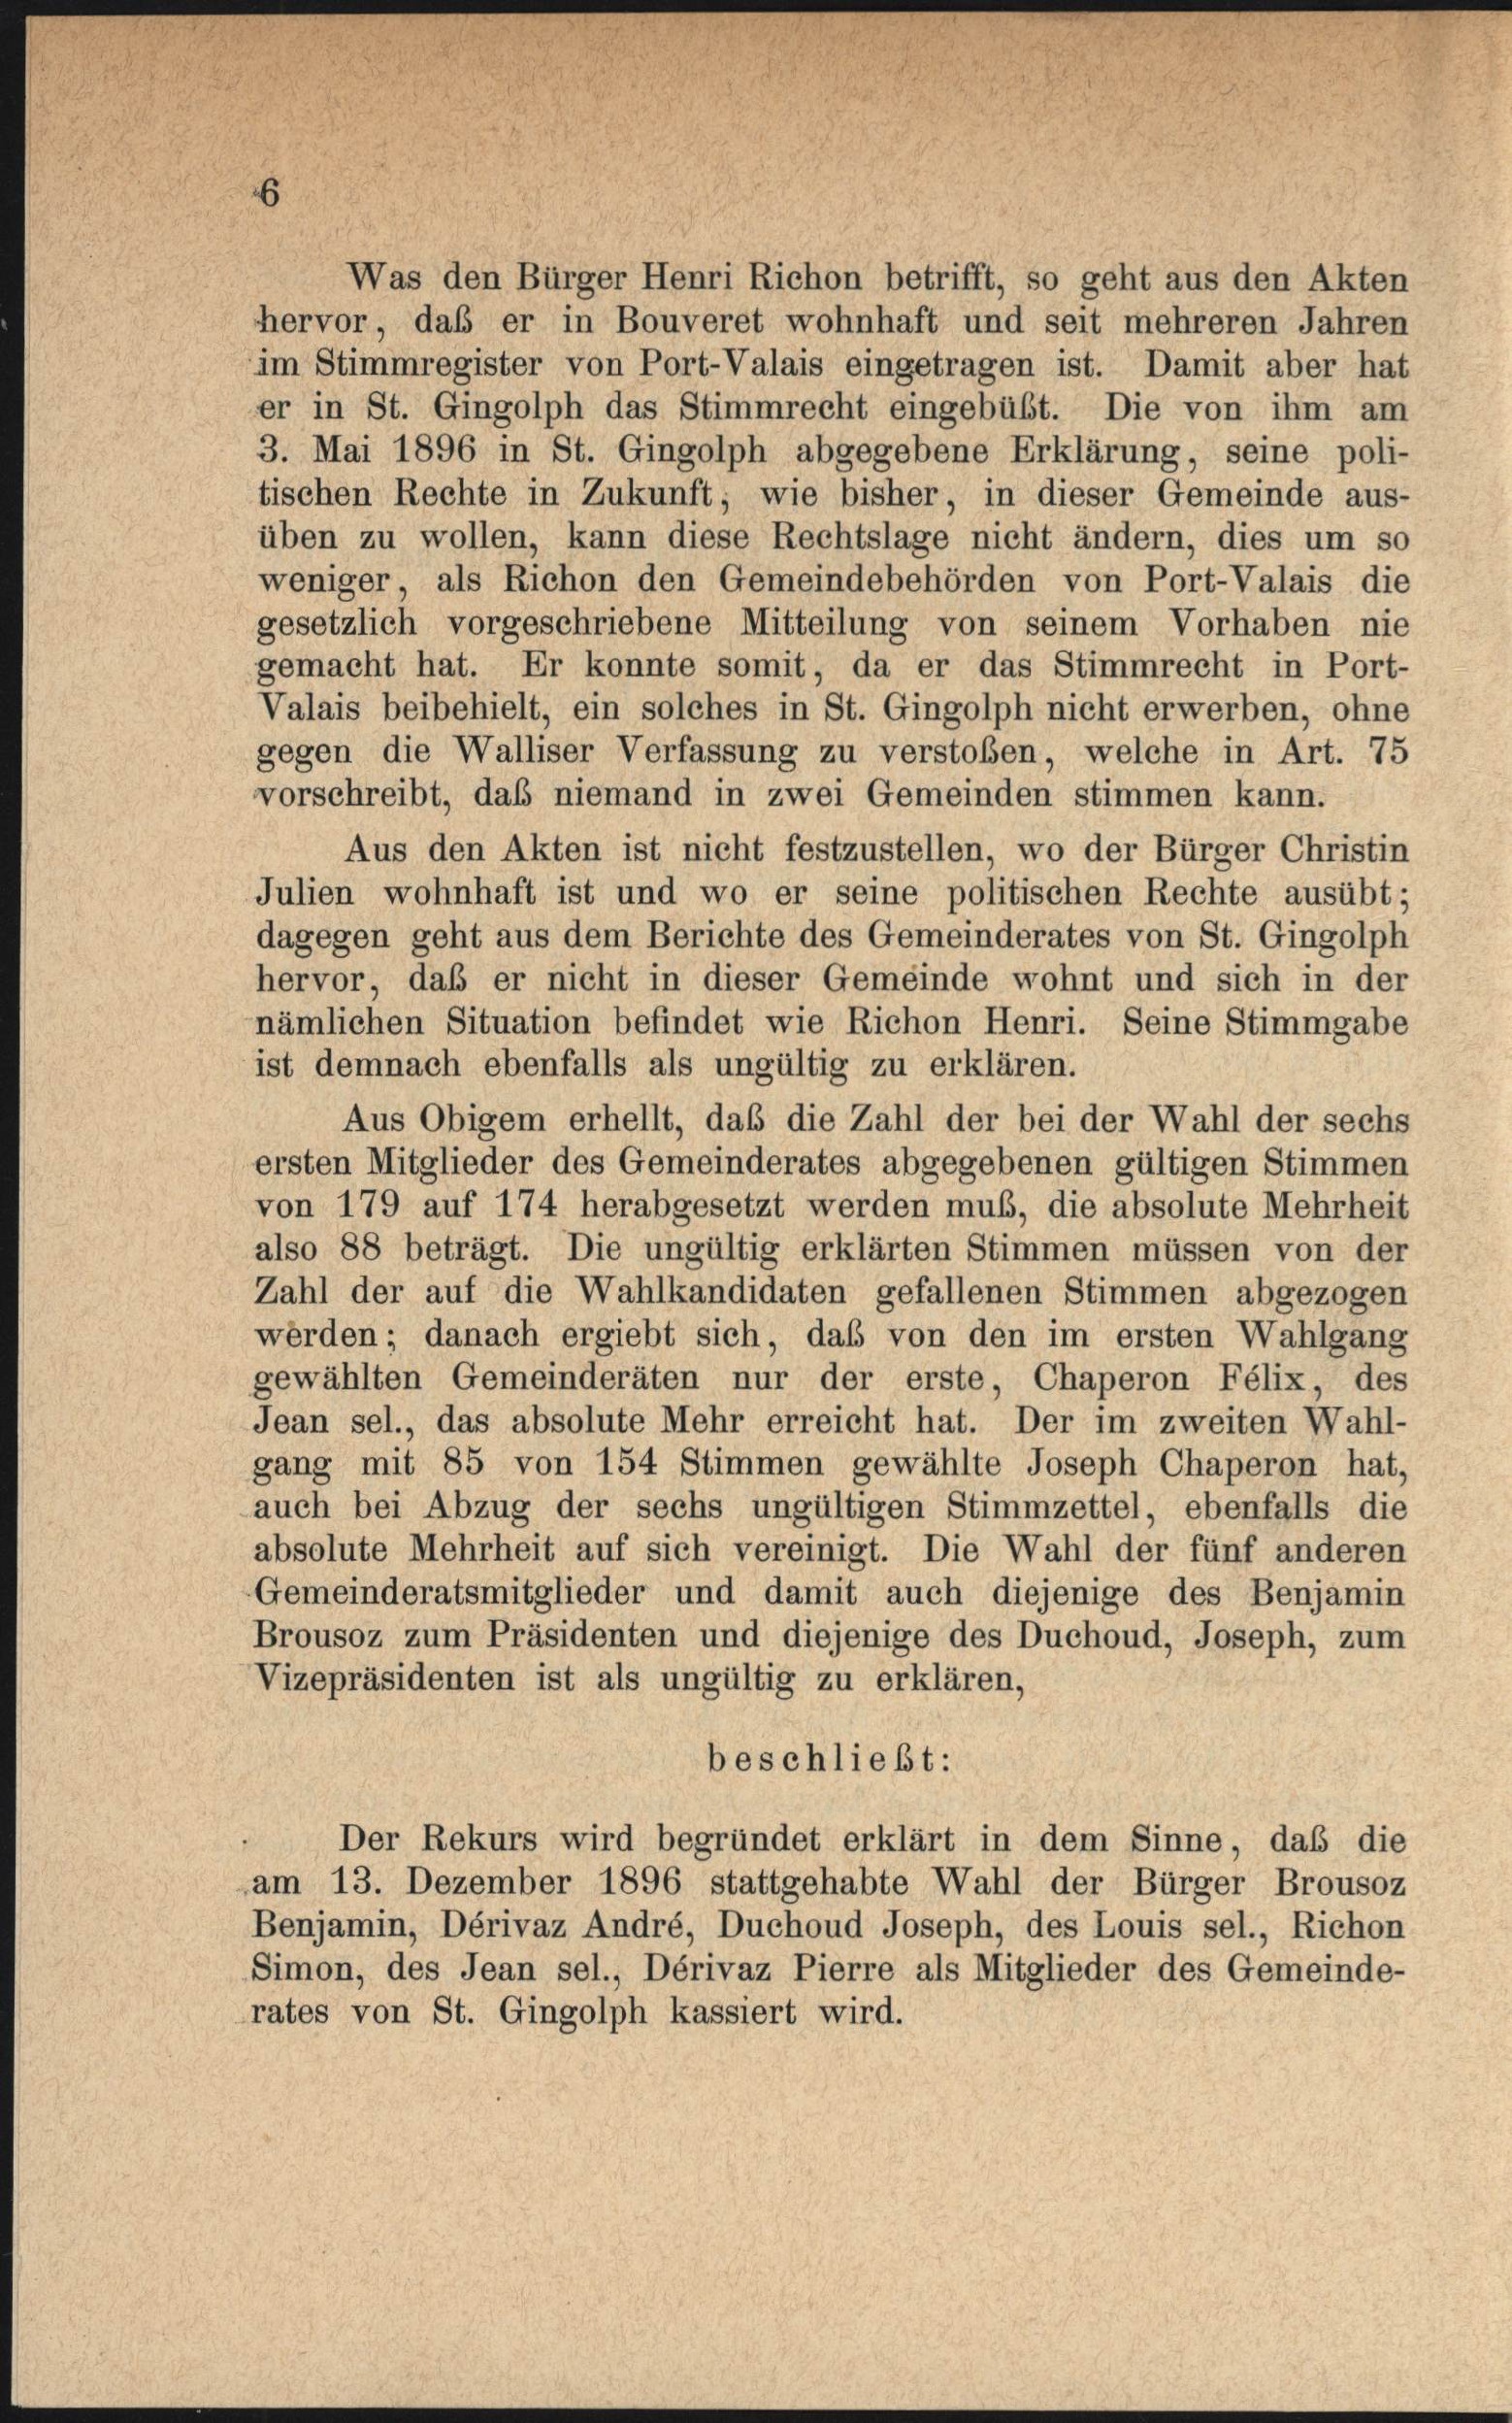
Was den Bürger Henri Richon betrifft, so geht aus den Akten
hervor, daß er in Bouveret wohnhaft und seit mehreren Jahren
im Stimmregister von Port-Valais eingetragen ist. Damit aber hat
er in St. Gingolph das Stimmrecht eingebüßt. Die von ihm am
3. Mai 1896 in St. Gingolph abgegebene Erklärung, seine poli-
tischen Rechte in Zukunft, wie bisher, in dieser Gemeinde aus-
üben zu wollen, kann diese Rechtslage nicht ändern, dies um so
weniger als Richon den Gemeindebehörden von Port-Valais die
gesetzlich vorgeschriebene Mitteilung von seinem Vorhaben nie
gemacht hat. Er konnte somit, da er das Stimmrecht in Port-
Valais beibehielt, ein solches in St. Gingolph nicht erwerben, ohne
gegen die Walliser Verfassung zu verstoßen, welche in Art. 75
vorschreibt, daß niemand in zwei Gemeinden stimmen kann.
Aus den Akten ist nicht festzustellen, wo der Bürger Christin
Julien wohnhaft ist und wo er seine politischen Rechte ausübt;
dagegen geht aus dem Berichte des Gemeinderates von St. Gingolph
hervor, daß er nicht in dieser Gemeinde wohnt und sich in der
nämlichen Situation befindet wie Richon Henri. Seine Stimmgabe
ist demnach ebenfalls als ungültig zu erklären.
Aus Obigem erhellt, daß die Zahl der bei der Wahl der sechs
ersten Mitglieder des Gemeinderates abgegebenen gültigen Stimmen
von 179 auf 174 herabgesetzt werden muß, die absolute Mehrheit
also 88 beträgt. Die ungültig erklärten Stimmen müssen von der
Zahl der auf die Wahlkandidaten gefallenen Stimmen abgezogen
werden; danach ergiebt sich, das von den im ersten Wahlgang
gewählten Gemeinderäten nur der erste, Chaperon Félix, des
Jean sel., das absolute Mehr erreicht hat. Der im zweiten Wahl-
gang mit 85 von 154 Stimmen gewählte Joseph Chaperon hat,
auch bei Abzug der sechs ungültigen Stimmzettel, ebenfalls die
absolute Mehrheit auf sich vereinigt. Die Wahl der fünf anderen
Gemeinderatsmitglieder und damit auch diejenige des Benjamin
Brousoz zum Präsidenten und diejenige des Duchoud, Joseph, zum
Vizepräsidenten ist als ungültig zu erklären,
beschließt:
Der Rekurs wird begründet erklärt in dem Sinne, daß die
am 13. Dezember 1896 stattgehabte Wahl der Bürger Brousoz
Benjamin, Dérivaz André, Duchoud Joseph, des Louis sel., Richon
Simon, des Jean sel., Dérivaz Pierre als Mitglieder des Gemeinde-
rates von St. Gingolph kassiert wird.